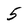
Character: 5